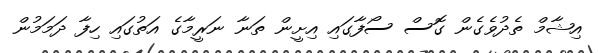
އިޝާމް ތެދުވެގެން ގޮސް ސޯފާގައި އިށީން ތަނާ ނަރީމާގެ އަތުގައި ހިފާ ދަމަމުން